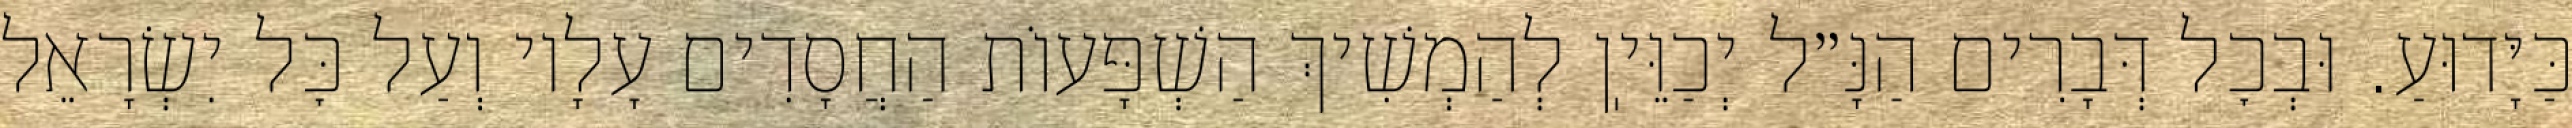
כַּיָּדוּעַ. וּבְכׇל דְּבָרִים הַנָּ״ל יְכַוֵּיֽן לְהַמְשִׁיךְ הַשְׁפָּעוֹת הַחֲסָדִים עָלָיו וְעַל כׇּל יִשְׂרָאֵל